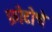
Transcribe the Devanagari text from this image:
फ़ोटोचे